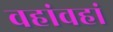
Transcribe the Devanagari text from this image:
वहांवहां